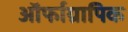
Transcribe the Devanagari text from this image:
ऑर्फाग्रापिक